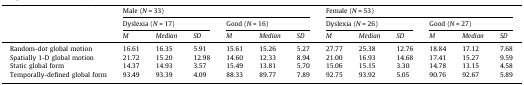
<table><thead><tr><td rowspan="3"></td><td colspan="6"><b>Male (<i>N</i> = 33)</b></td><td colspan="6"><b>Female (<i>N</i> = 53)</b></td></tr><tr><td colspan="3"><b>Dyslexia (<i>N</i> = 17)</b></td><td colspan="3"><b>Good (<i>N</i> = 16)</b></td><td colspan="3"><b>Dyslexia (<i>N</i> = 26)</b></td><td colspan="3"><b>Good (<i>N</i> = 27)</b></td></tr><tr><td><b><i>M</i></b></td><td><b><i>Median</i></b></td><td><b><i>SD</i></b></td><td><b><i>M</i></b></td><td><b><i>Median</i></b></td><td><b><i>SD</i></b></td><td><b><i>M</i></b></td><td><b><i>Median</i></b></td><td><b><i>SD</i></b></td><td><b><i>M</i></b></td><td><b><i>Median</i></b></td><td><b><i>SD</i></b></td></tr></thead><tbody><tr><td>Random-dot global motion</td><td>16.61</td><td>16.35</td><td>5.91</td><td>15.61</td><td>15.26</td><td>5.27</td><td>27.77</td><td>25.38</td><td>12.76</td><td>18.84</td><td>17.12</td><td>7.68</td></tr><tr><td>Spatially 1-D global motion</td><td>21.72</td><td>15.20</td><td>12.98</td><td>14.60</td><td>12.33</td><td>8.94</td><td>21.00</td><td>16.93</td><td>14.68</td><td>17.41</td><td>15.27</td><td>9.59</td></tr><tr><td>Static global form</td><td>14.37</td><td>14.93</td><td>3.57</td><td>15.49</td><td>13.81</td><td>5.70</td><td>15.06</td><td>15.15</td><td>3.30</td><td>14.78</td><td>13.15</td><td>4.58</td></tr><tr><td>Temporally-defined global form</td><td>93.49</td><td>93.39</td><td>4.09</td><td>88.33</td><td>89.77</td><td>7.89</td><td>92.75</td><td>93.92</td><td>5.05</td><td>90.76</td><td>92.67</td><td>5.89</td></tr></tbody></table>